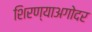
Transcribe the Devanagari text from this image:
शिरण्याअगोदर